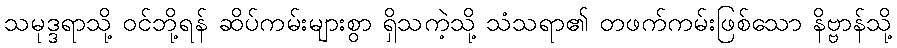
သမုဒ္ဒရာသို့ ဝင်ဘို့ရန် ဆိပ်ကမ်းများစွာ ရှိသကဲ့သို့ သံသရာ၏ တဖက်ကမ်းဖြစ်သော နိဗ္ဗာန်သို့